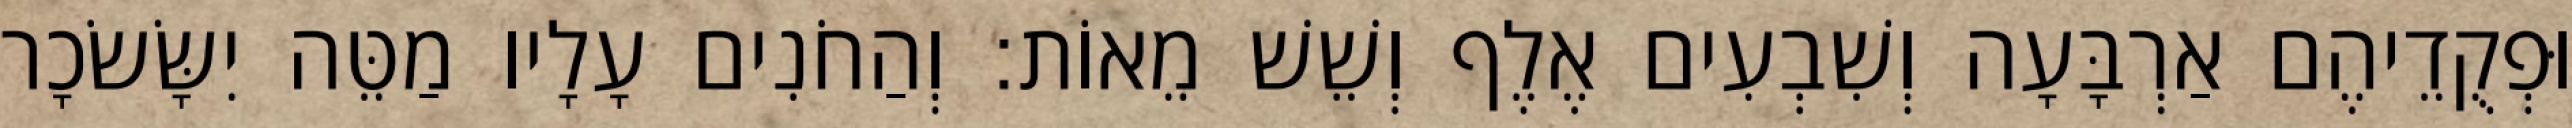
וּפְקֻדֵיהֶם אַרְבָּעָה וְשִׁבְעִים אֶלֶף וְשֵׁשׁ מֵאוֹת׃ וְהַחֹנִים עָלָיו מַטֵּה יִשָּׂשׂכָר